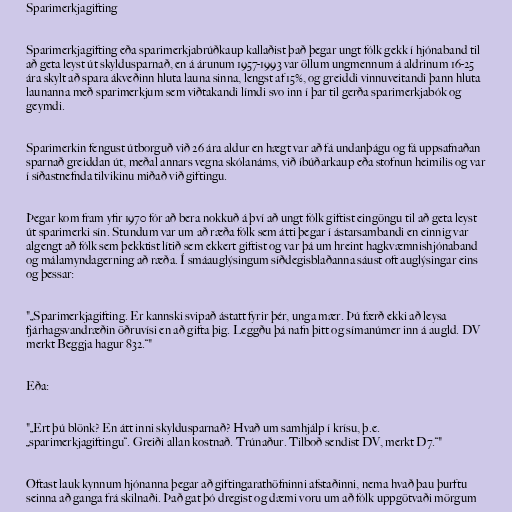
Sparimerkjagifting

Sparimerkjagifting eða sparimerkjabrúðkaup kallaðist það þegar ungt fólk gekk í hjónaband til
að geta leyst út skyldusparnað, en á árunum 1957-1993 var öllum ungmennum á aldrinum 16-25
ára skylt að spara ákveðinn hluta launa sinna, lengst af 15%, og greiddi vinnuveitandi þann hluta
launanna með sparimerkjum sem viðtakandi límdi svo inn í þar til gerða sparimerkjabók og
geymdi.

Sparimerkin fengust útborguð við 26 ára aldur en hægt var að fá undanþágu og fá uppsafnaðan
sparnað greiddan út, meðal annars vegna skólanáms, við íbúðarkaup eða stofnun heimilis og var
í síðastnefnda tilvikinu miðað við giftingu.

Þegar kom fram yfir 1970 fór að bera nokkuð á því að ungt fólk giftist eingöngu til að geta leyst
út sparimerki sín. Stundum var um að ræða fólk sem átti þegar í ástarsambandi en einnig var
algengt að fólk sem þekktist lítið sem ekkert giftist og var þá um hreint hagkvæmnishjónaband
og málamyndagerning að ræða. Í smáauglýsingum síðdegisblaðanna sáust oft auglýsingar eins
og þessar:

"„Sparimerkjagifting. Er kannski svipað ástatt fyrir þér, unga mær. Þú færð ekki að leysa
fjárhagsvandræðin öðruvísi en að gifta þig. Leggðu þá nafn þitt og símanúmer inn á augld. DV
merkt Beggja hagur 832.“"

Eða:

"„Ert þú blönk? En átt inni skyldusparnað? Hvað um samhjálp í krísu, þ.e.
„sparimerkjagiftingu“. Greiði allan kostnað. Trúnaður. Tilboð sendist DV, merkt D7.“"

Oftast lauk kynnum hjónanna þegar að giftingarathöfninni afstaðinni, nema hvað þau þurftu
seinna að ganga frá skilnaði. Það gat þó dregist og dæmi voru um að fólk uppgötvaði mörgum